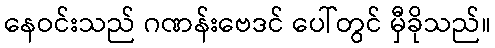
နေဝင်းသည် ဂဏန်းဗေဒင် ပေါ်တွင် မှီခိုသည်။